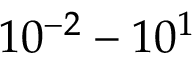
1 0 ^ { - 2 } - 1 0 ^ { 1 }